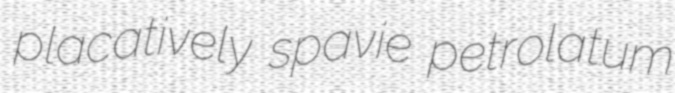
placatively spavie petrolatum